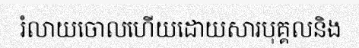
រំលាយចោលហើយដោយសារបុគ្គលនិង